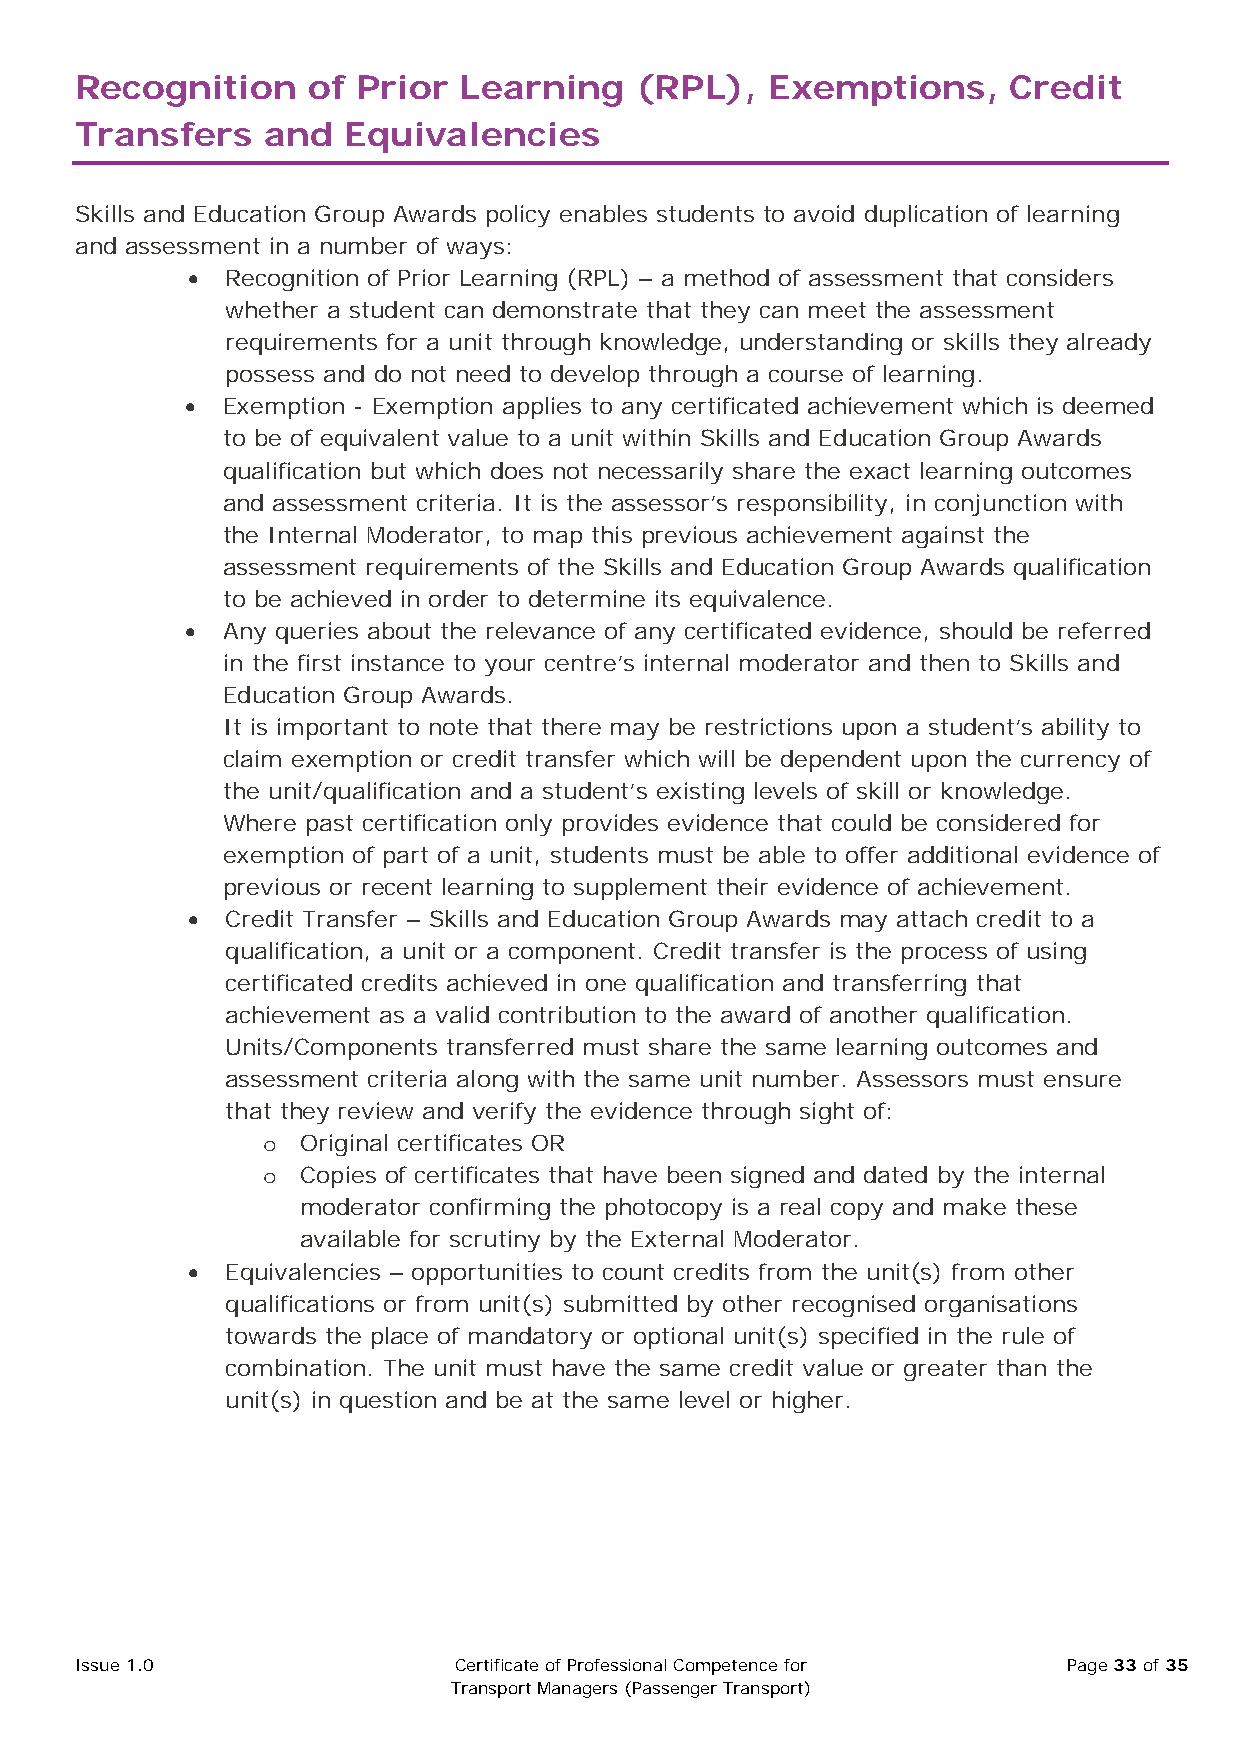
Recognition    of  Prior Learning    (RPL),   Exemptions,     Credit
 Transfers   and   Equivalencies
 Skills and Education Group Awards policy enables students to avoid duplication of learning
 and assessment in a number of ways:
 •  Recognition of Prior Learning (RPL) – a method of assessment that considers
 whether a student can demonstrate that they can meet the assessment
 requirements for a unit through knowledge, understanding or skills they already
 possess and do not need to develop through a course of learning.
 •  Exemption - Exemption applies to any certificated achievement which is deemed
 to be of equivalent value to a unit within Skills and Education Group Awards
 qualification but which does not necessarily share the exact learning outcomes
 and assessment criteria. It is the assessor’s responsibility, in conjunction with
 the Internal Moderator, to map this previous achievement against the
 assessment requirements of the Skills and Education Group Awards qualification
 to be achieved in order to determine its equivalence.
 •  Any queries about the relevance of any certificated evidence, should be referred
 in the first instance to your centre’s internal moderator and then to Skills and
 Education Group Awards.
 It is important to note that there may be restrictions upon a student’s ability to
 claim exemption or credit transfer which will be dependent upon the currency of
 the unit/qualification and a student’s existing levels of skill or knowledge.
 Where past certification only provides evidence that could be considered for
 exemption of part of a unit, students must be able to offer additional evidence of
 previous or recent learning to supplement their evidence of achievement.
 •  Credit Transfer – Skills and Education Group Awards may attach credit to a
 qualification, a unit or a component. Credit transfer is the process of using
 certificated credits achieved in one qualification and transferring that
 achievement as a valid contribution to the award of another qualification.
 Units/Components transferred must share the same learning outcomes and
 assessment criteria along with the same unit number. Assessors must ensure
 that they review and verify the evidence through sight of:
 Original certificates OR
 o
 Copies of certificates that have been signed and dated by the internal
 o
 moderator confirming the photocopy is a real copy and make these
 available for scrutiny by the External Moderator.
 •  Equivalencies – opportunities to count credits from the unit(s) from other
 qualifications or from unit(s) submitted by other recognised organisations
 towards the place of mandatory or optional unit(s) specified in the rule of
 combination. The unit must have the same credit value or greater than the
 unit(s) in question and be at the same level or higher.
 Issue 1.0                Certificate of Professional Competence for Page 33 of 35
 Transport Managers (Passenger Transport)